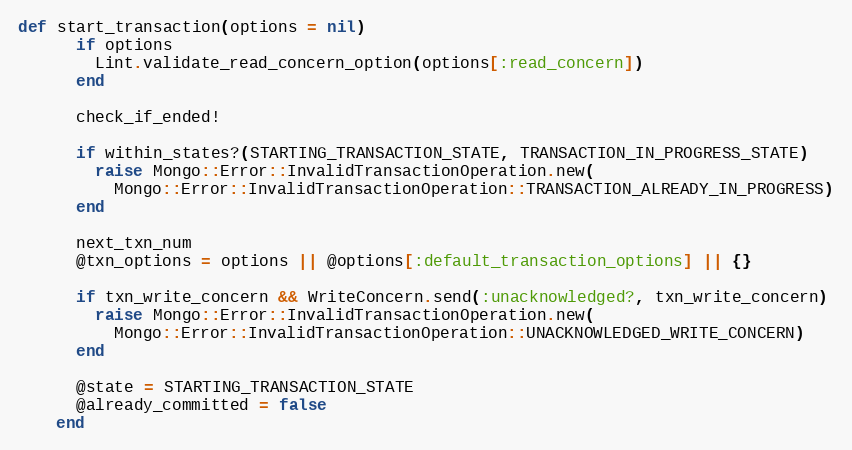
Language: Ruby
def start_transaction(options = nil)
      if options
        Lint.validate_read_concern_option(options[:read_concern])
      end

      check_if_ended!

      if within_states?(STARTING_TRANSACTION_STATE, TRANSACTION_IN_PROGRESS_STATE)
        raise Mongo::Error::InvalidTransactionOperation.new(
          Mongo::Error::InvalidTransactionOperation::TRANSACTION_ALREADY_IN_PROGRESS)
      end

      next_txn_num
      @txn_options = options || @options[:default_transaction_options] || {}

      if txn_write_concern && WriteConcern.send(:unacknowledged?, txn_write_concern)
        raise Mongo::Error::InvalidTransactionOperation.new(
          Mongo::Error::InvalidTransactionOperation::UNACKNOWLEDGED_WRITE_CONCERN)
      end

      @state = STARTING_TRANSACTION_STATE
      @already_committed = false
    end